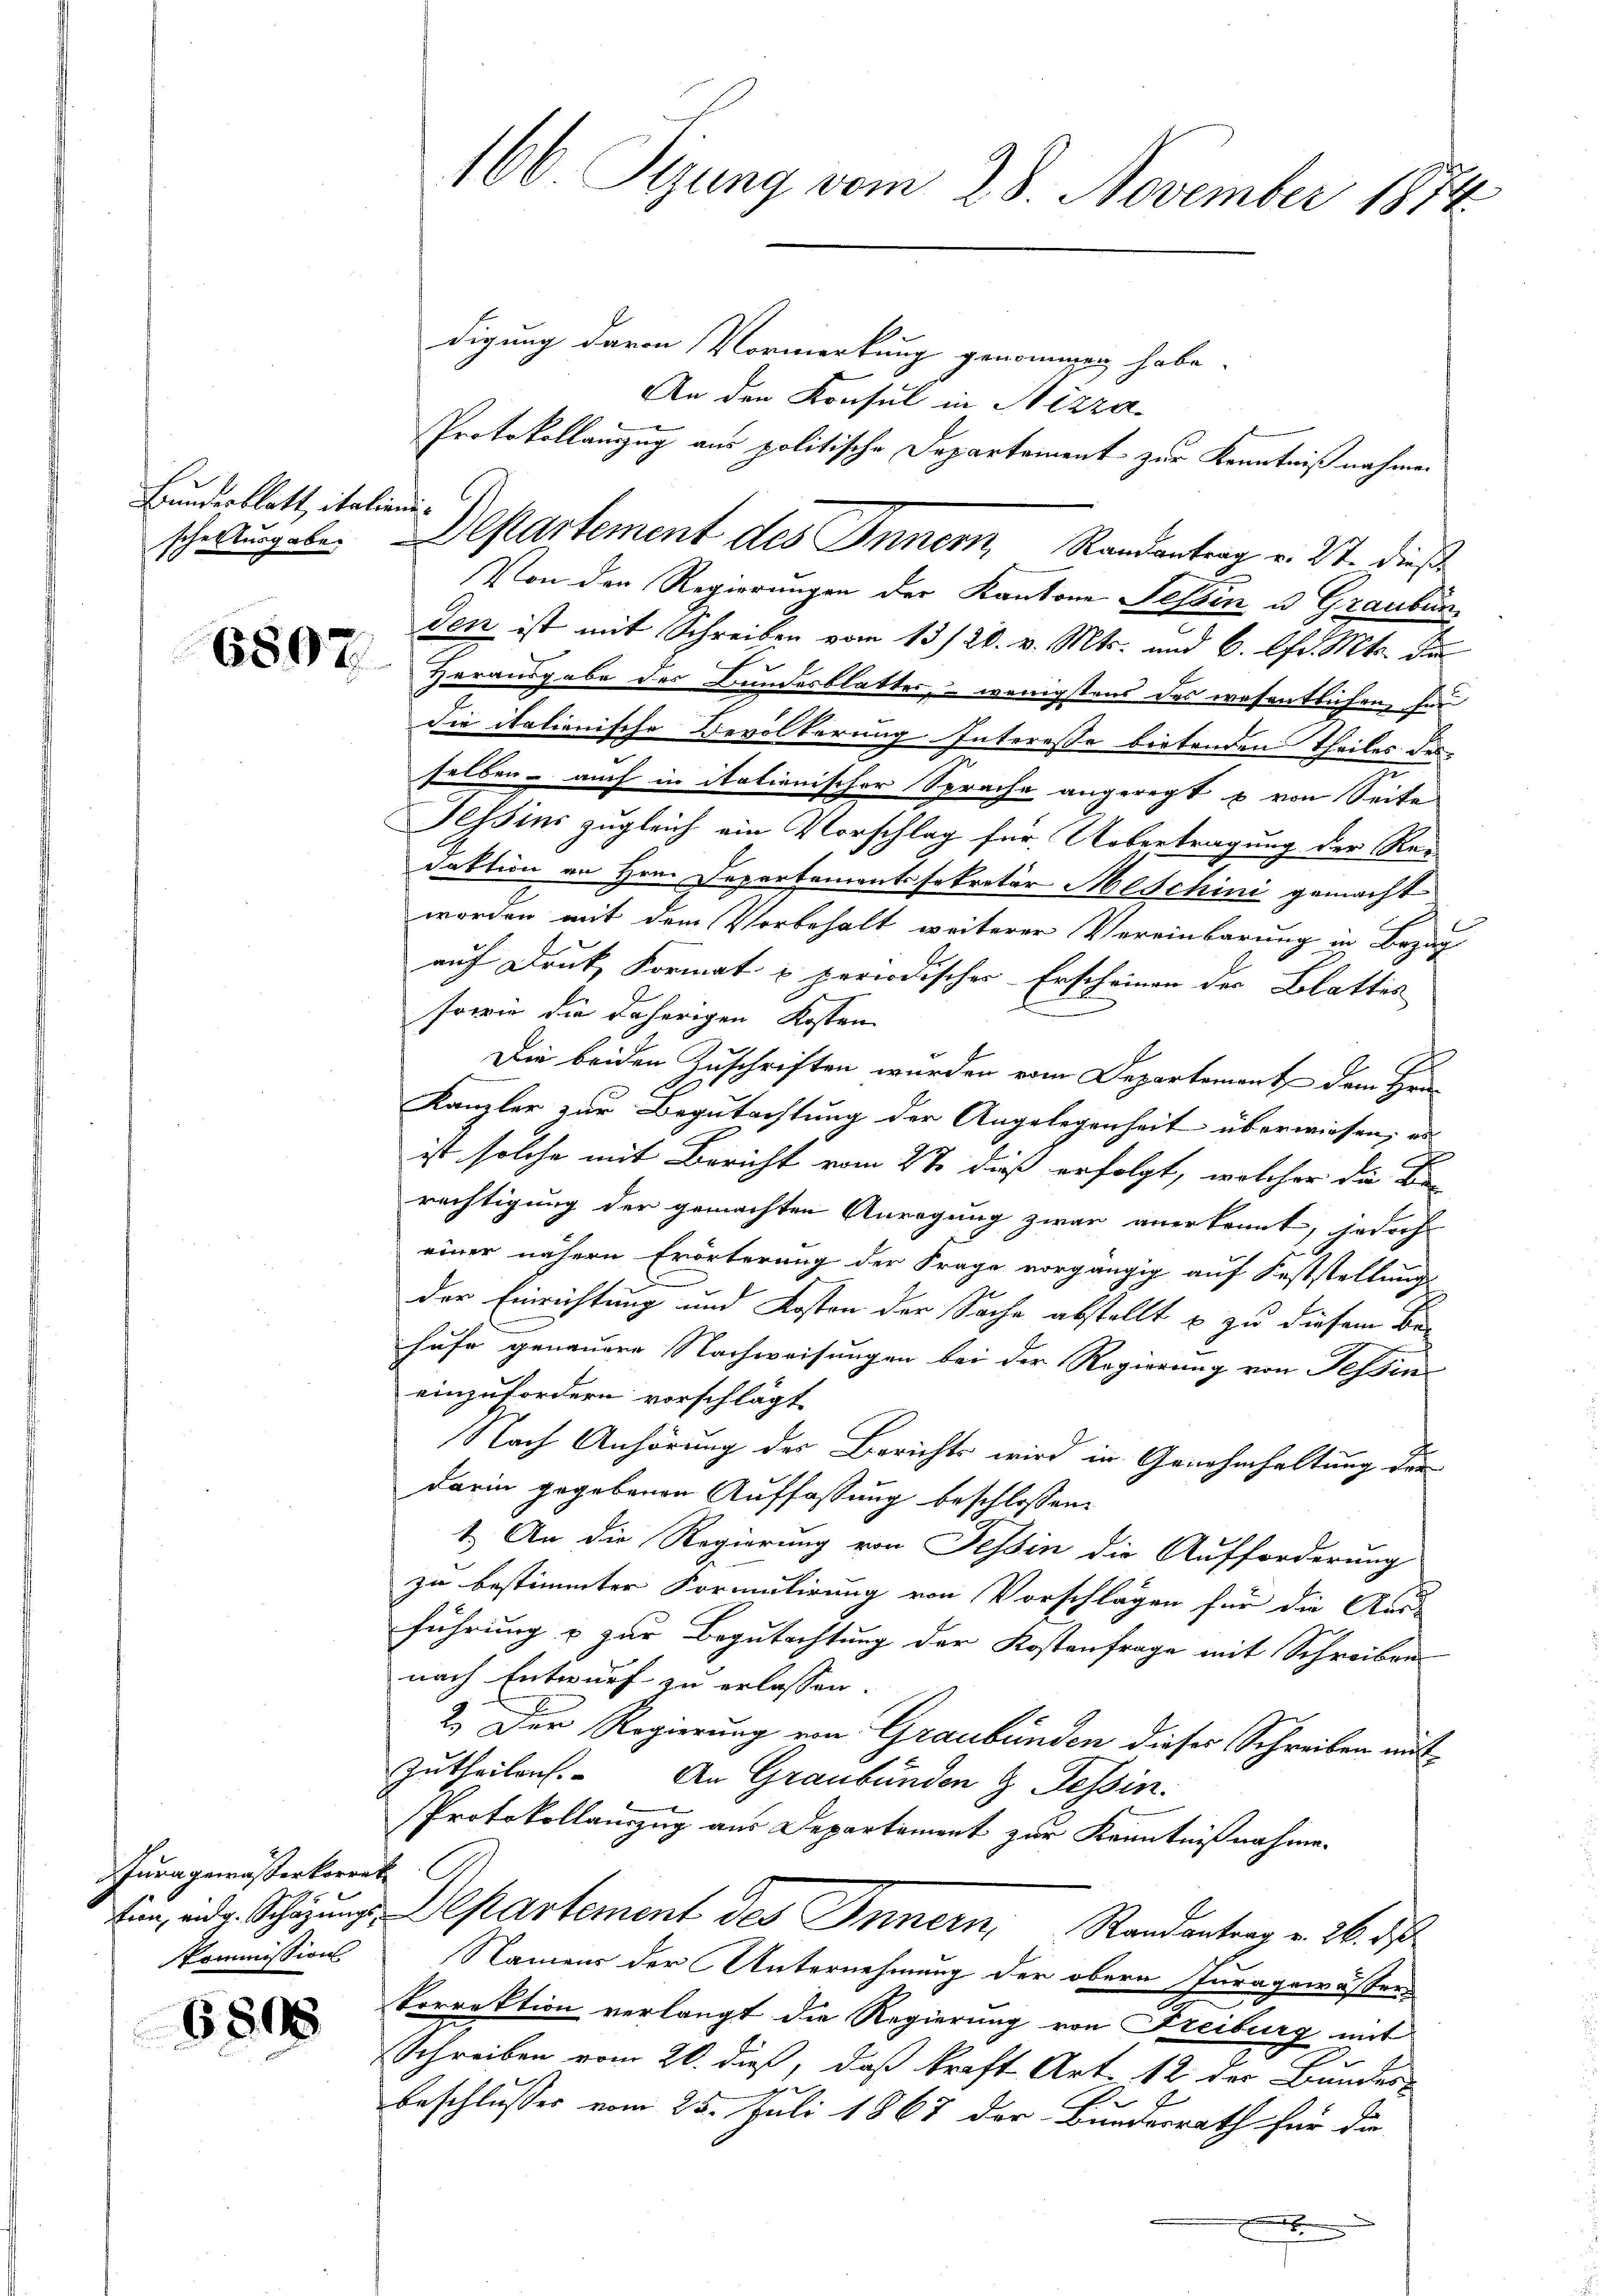
Bundesblatt, italieni¬

Jura gemästerkorret
Kommission

6898

digung davon Vormerkung genommen habe.
An den Konsul in Nizza
Protokollanzug aus politische Departement zur Kenntniß nahme.
Von den Regierungen der Kantone Tessin u. Graubün
den ist mit Schreiben vom 13./20. v. Mts. und 6. fr. Mts. di
 Herausgabe der Bundesblatter, wenigstens der wesentlichen Ein
die italienische Bevölkerung Interesse bietenden Theiles des
selben – auch in itationischer Sprache angeregt & von Seite
Sessins zugleich ein Vorschlag für Uebertragung der Re-
daktion an Hrn. Departementssekretär Meschini gemacht
worden mit dem Vorbehalt weiterer Vereinbarung in Bezah
auf Druk Format u. periodischer Erscheinen der Blattes
sowie die daherigen Kosten
Die beiden Zuschriften wurden vom Departement dem Hrn.
Kanzler zur Begutachtung der Angelegenheit überwiesen, es
ist solche mit Bericht vom 2te dieß erfolgt, welcher die Be-
rechtigung der gemachten Anregung zwar anerkennt, jedoch
einer nähern Erörterung der Frage vorgängig auf Feststellung
der Einrichtung und Kosten der Sache abstellt u zu diesem Be-
hufe genauere Nachweisungen bei der Regierung von Tessin
einzufordern vorschlägt
Nach Anhörung des Berichts wird in Genehmhaltung die
darin gegebenen Auffassung beschlossen:
1.) An die Regierung von Tessin die Aufforderung
zu bestimmter Formulirung von Vorschlagen für die Aus-
führung & zur Begutachtung der Kostenfrage mit Schreibens
nach Entwurf zu erlassen.
2.) Der Regierung von Graubünden dieser Schreiben mitzutheilen. An Graubünden & Tessin.
Protokollauszug aus Departement zur Kenntnißnahmen
sin, inde. Schazungs-Departement des Innern Randantrag v. 26. d.
Namens der Unternehmung der obern Juragewässer
korrektion verlangt die Regierung von Freiburg mit
Schreiben vom 20. dieß, daß kraft Art. 12 der Bundes-

beschlusser vom 25. Juli 1867 der Bundesrath für die

166 Sizung vom 28. November 1874.

scherungeber Departement des Innern, Randantrag v. 27. dies